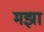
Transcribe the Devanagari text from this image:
मझा